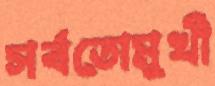
সর্বতোমুখী